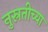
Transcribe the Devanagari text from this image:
नुस्रतीच्या